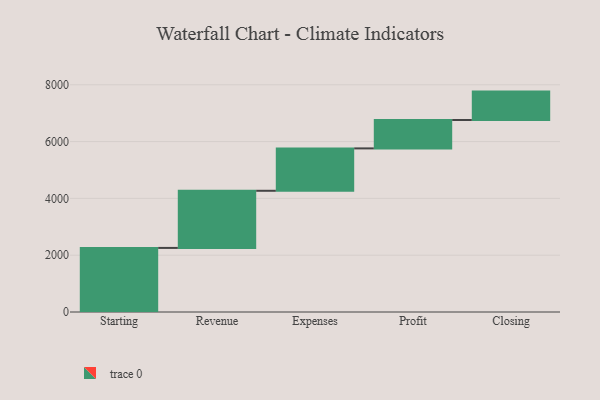
{"axis": {"x": "Step", "y": "Value"}, "legend": [""], "data": [{"x": "Starting", "y": 2256.0, "type": ""}, {"x": "Revenue", "y": 2012.0, "type": ""}, {"x": "Expenses", "y": 1492.0, "type": ""}, {"x": "Profit", "y": 1000, "type": ""}, {"x": "Closing", "y": 1000, "type": ""}]}